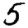
Digit: 5